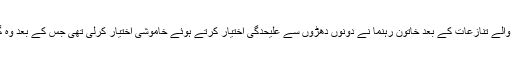
متحدہ رہنماؤں میں 5 فروری کو سامنے آنے والے تنازعات کے بعد خاتون رہنما نے دونوں دھڑوں سے علیحدگی اختیار کرتے ہوئے خاموشی اختیار کرلی تھی جس کے بعد وہ گزشتہ روز کپتان کے ساتھ منظر عام پر آئیں۔